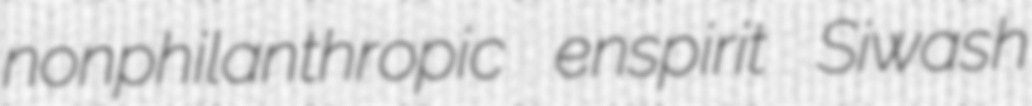
nonphilanthropic enspirit Siwash